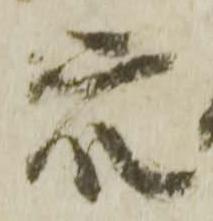
衆